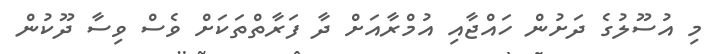
މި އުސޫލުގެ ދަށުން ހައްޖާއި އުމްރާއަށް ދާ ފަރާތްތަކަށް ވެސް ވިސާ ދޫކުން